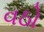
વઠો